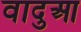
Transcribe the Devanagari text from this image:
वादुआ